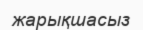
жарықшасыз